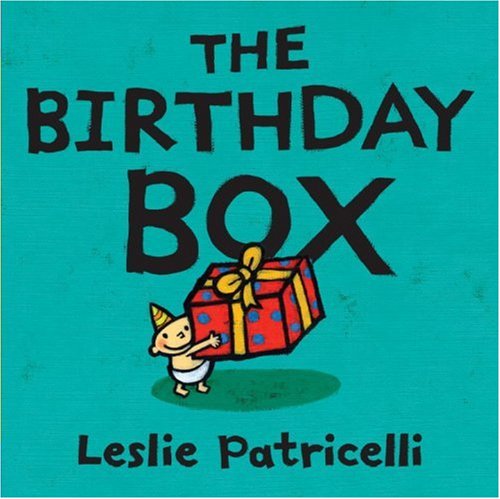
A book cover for The Birthday Box (Leslie Patricelli board books); Leslie Patricelli; Children's Books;